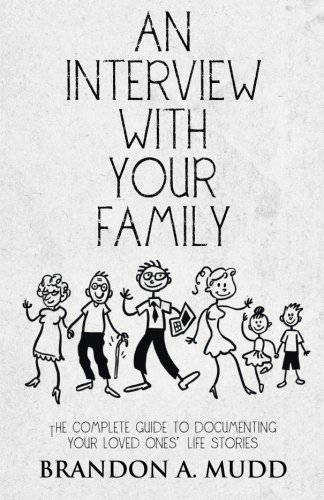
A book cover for An Interview with Your Family: The Complete Guide to Documenting Your Loved OnesEE Life Stories; Brandon A. Mudd; Parenting & Relationships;